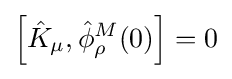
\left[{\hat {K}}_{\mu },{\hat {\phi }}_{\rho }^{M}(0)\right]=0